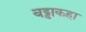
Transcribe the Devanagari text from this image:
बड्डाकहा